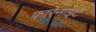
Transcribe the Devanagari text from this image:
फारेनाइट